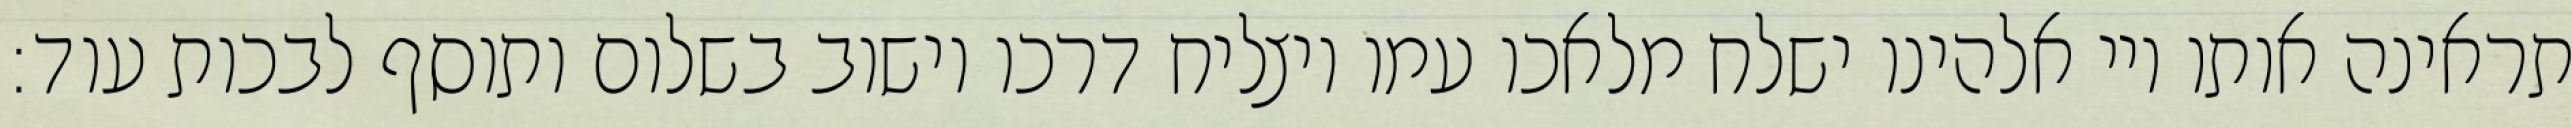
תראינה אותו ויי אלהינו ישלח מלאכו עמו ויצליח דרכו וישוב בשלום ותוסף לבכות עוד: